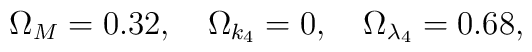
\Omega_M=0.32,\quad \Omega_{k_4}=0,\quad \Omega_{\lambda_4}=0.68,